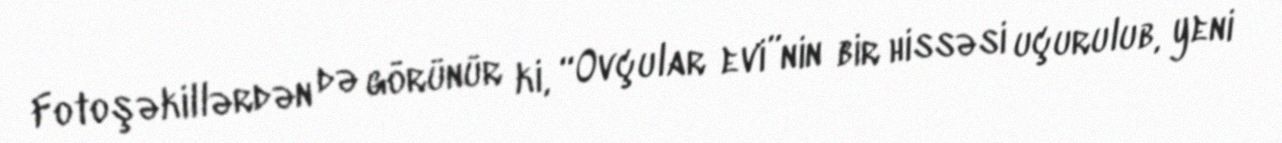
Fotoşəkillərdən də görünür ki, “Ovçular evi”nin bir hissəsi uçurulub, yeni